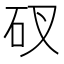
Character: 䂘